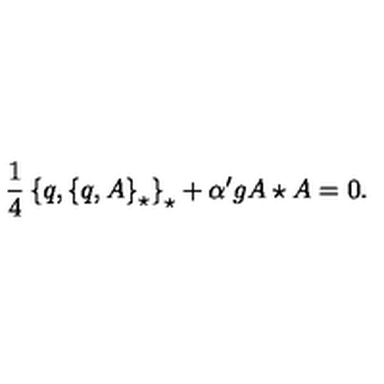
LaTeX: \frac { 1 } { 4 } \left\{ q , \left\{ q , A \right\} _ { \star } \right\} _ { \star } + { \alpha ^ { \prime } } g A \star A = 0 .